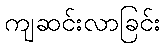
ကျဆင်းလာခြင်း